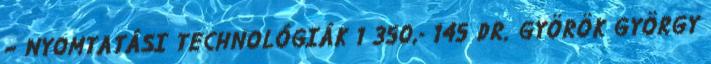
– NYOMTATÁSI TECHNOLÓGIÁK 1 350,- 145 DR. GYÖRÖK GYÖRGY